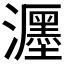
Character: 𤄊